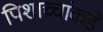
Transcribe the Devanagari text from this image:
पिशाच्चांकडे